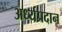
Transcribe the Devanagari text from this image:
अर्ध्यप्रदान